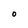
Character: O